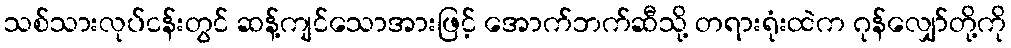
သစ်သားလုပ်ငန်းတွင် ဆန့်ကျင်သောအားဖြင့် အောက်ဘက်ဆီသို့ တရားရုံးထဲက ဂုန်လျှော်တို့ကို